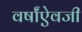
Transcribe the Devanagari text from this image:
वर्षांऐवजी